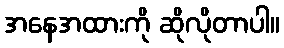
အနေအထားကို ဆိုလိုတာပါ။